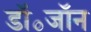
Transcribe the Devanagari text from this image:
डॉ॰जॉन